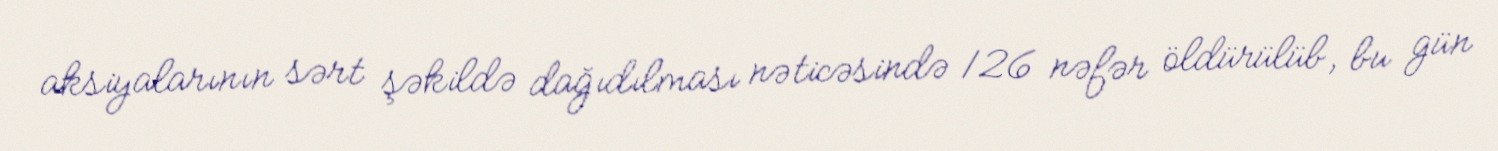
aksiyalarının sərt şəkildə dağıdılması nəticəsində 126 nəfər öldürülüb, bu gün